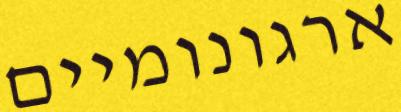
ארגונומיים